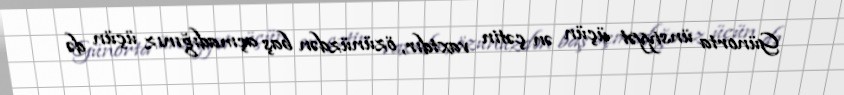
Günorta ünsiyyət üçün ən çətin vaxtdır, özünüzdən baş açmadığınız üçün də